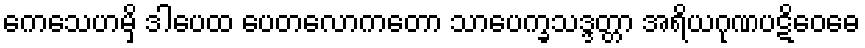
ကေသေဟမှိ ဒါပေထ ပေတလောကတော သာပေက္ခသဒ္ဒတ္တာ အရိယဂုဏပဋိဝေဓေ